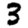
Digit: 3